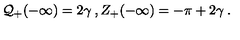
{ \cal Q } _ { + } ( - \infty ) = 2 \gamma \: , Z _ { + } ( - \infty ) = - \pi + 2 \gamma \: .